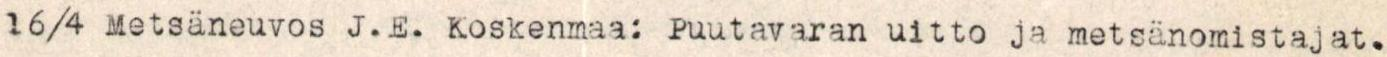
16/4 Metsäneuvos J.E. Koskenmaa: Puutavaran uitto ja metsänomistajat.